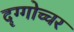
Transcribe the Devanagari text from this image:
दृग्गोच्चर